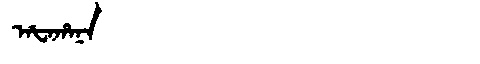
Manchu: ᠠᡶᠠᡥᠠᠨᠠ
Romanization: AFAHANA